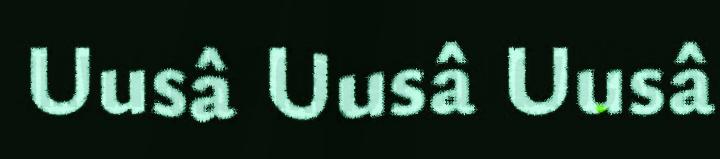
Uusâ Uusâ Uusâ